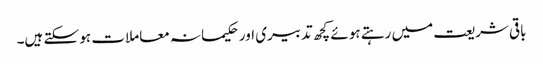
باقی شریعت میں رہتے ہوئے کچھ تدبیری اور حکیمانہ معاملات ہو سکتے ہیں۔